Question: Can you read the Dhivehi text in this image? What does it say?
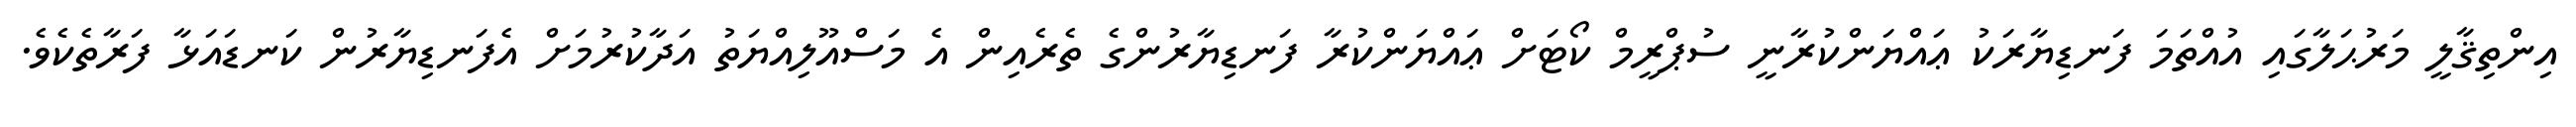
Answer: އިންތިޤާލީ މަރުޙަލާގައި އުއްތަމަ ފަނޑިޔާރަކު ޢައްޔަންކުރާނީ ސުޕްރީމް ކޯޓަށް ޢައްޔަންކުރާ ފަނޑިޔާރުންގެ ތެރެއިން އެ މަސްއޫލިއްޔަތު އަދާކުރުމަށް އެފަނޑިޔާރުން ކަނޑައަޅާ ފަރާތެކެވެ.